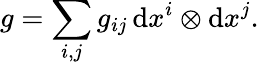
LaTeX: g=\sum_{i,j}g_{ij}\, \mathrm{d}x^{i}\otimes\mathrm{d}x^{j}.